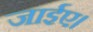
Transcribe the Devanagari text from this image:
जाईए।